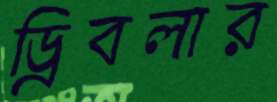
ড্রিবলার